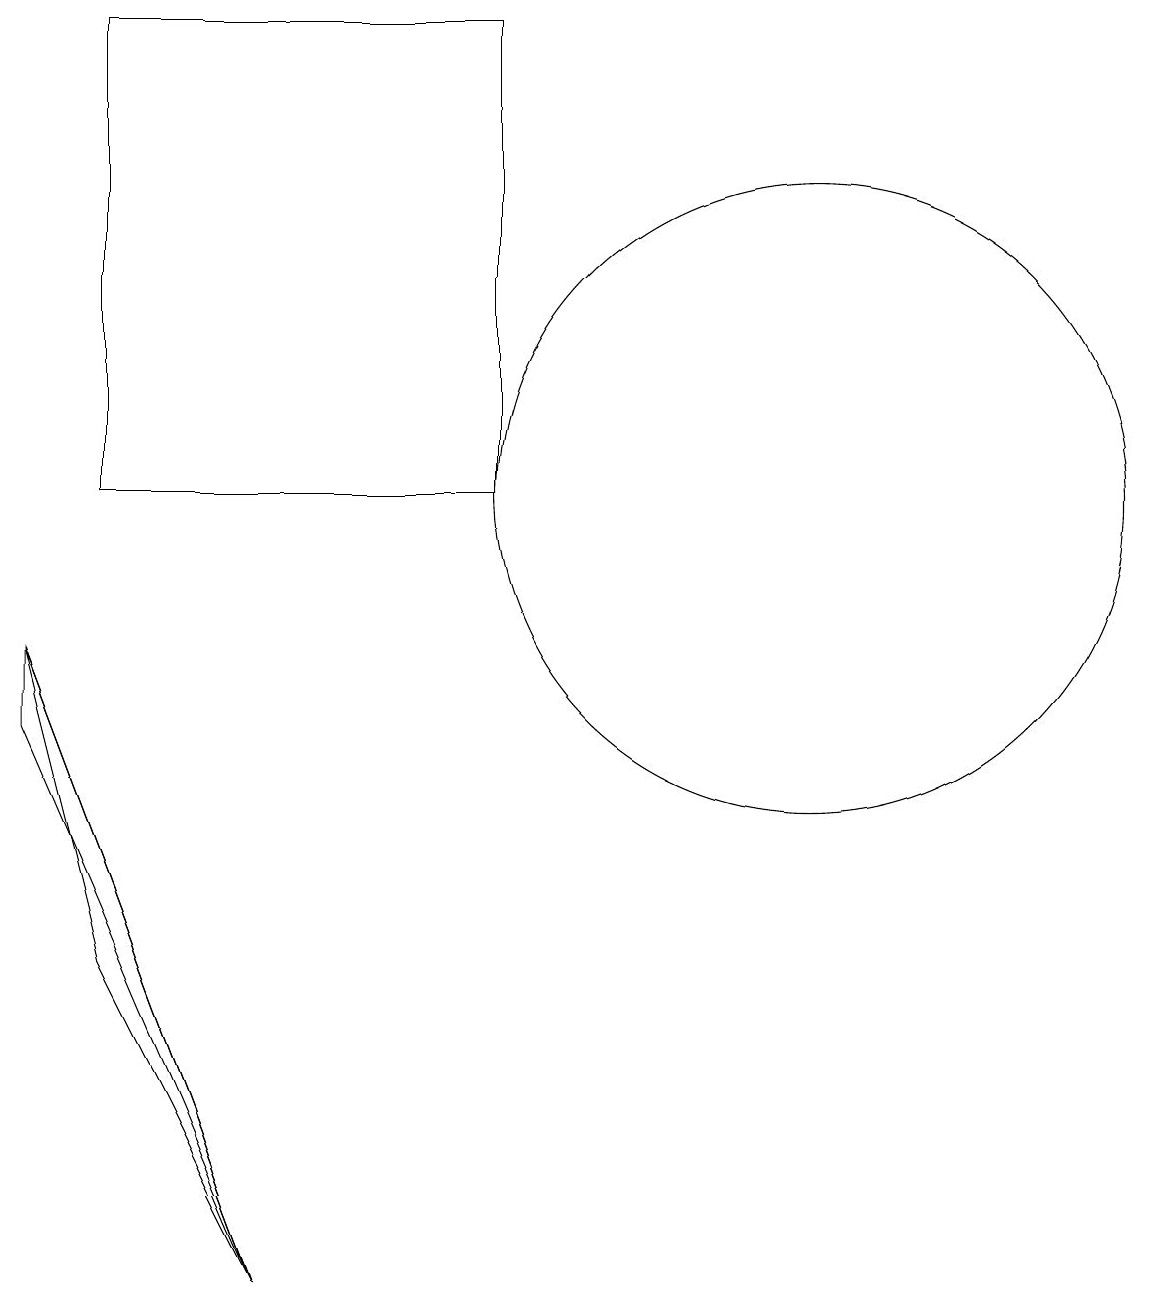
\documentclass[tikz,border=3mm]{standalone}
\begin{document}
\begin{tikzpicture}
\draw (10,11) circle (4);
\draw (0,9) -- (1,5) -- (3,1) -- cycle;
\draw (6,11) rectangle (1,17);
\draw (0,8) -- (3,1) -- (0,9) -- cycle;
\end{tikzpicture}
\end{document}